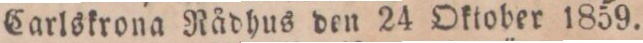
Carlskrona Rådhus den 24 Oktober 1859.